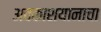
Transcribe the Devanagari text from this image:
अवकाशयानाचा